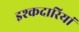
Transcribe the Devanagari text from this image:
इश्कदारियां